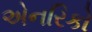
એનરિકો